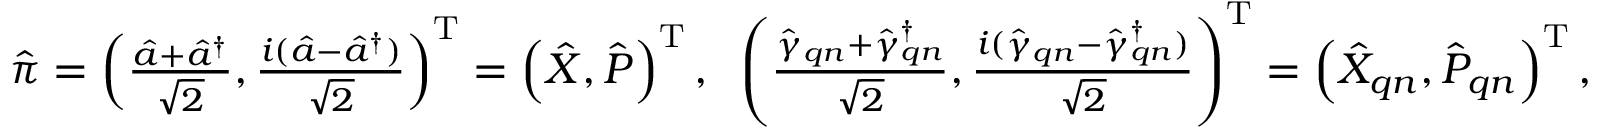
\begin{array} { r } { \hat { \boldsymbol { \pi } } = \left( \frac { \hat { a } + \hat { a } ^ { \dagger } } { \sqrt { 2 } } , \frac { i ( \hat { a } - \hat { a } ^ { \dagger } ) } { \sqrt { 2 } } \right) ^ { \mathrm { T } } = \left( \hat { X } , \hat { P } \right) ^ { \mathrm { T } } , \; \; \left( \frac { \hat { \gamma } _ { \boldsymbol { q } n } + \hat { \gamma } _ { \boldsymbol { q } n } ^ { \dagger } } { \sqrt { 2 } } , \frac { i ( \hat { \gamma } _ { \boldsymbol { q } n } - \hat { \gamma } _ { \boldsymbol { q } n } ^ { \dagger } ) } { \sqrt { 2 } } \right) ^ { \mathrm { T } } = \left( \hat { X } _ { \boldsymbol { q } n } , \hat { P } _ { \boldsymbol { q } n } \right) ^ { \mathrm { T } } , } \end{array}